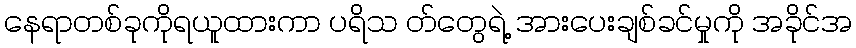
နေရာတစ်ခုကိုရယူထားကာ ပရိသ တ်တွေရဲ့ အားပေးချစ်ခင်မှုကို အခိုင်အ